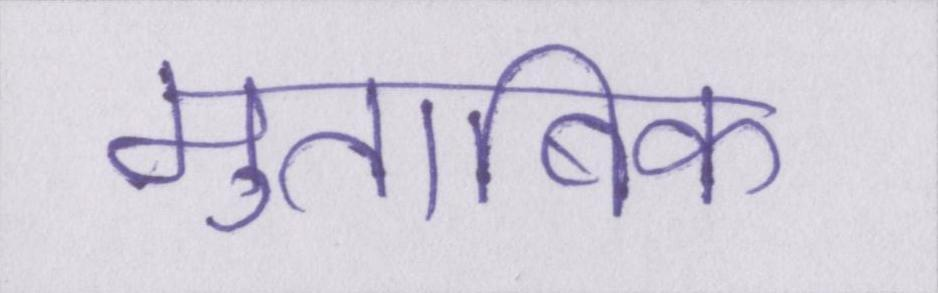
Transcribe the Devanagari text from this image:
मुताबिक